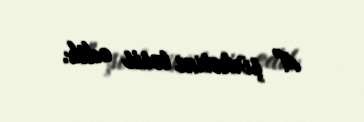
A" şirkətini təsis edib.